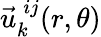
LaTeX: \vec{u}_{k}^{\: ij}(r,\theta)